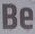
Be